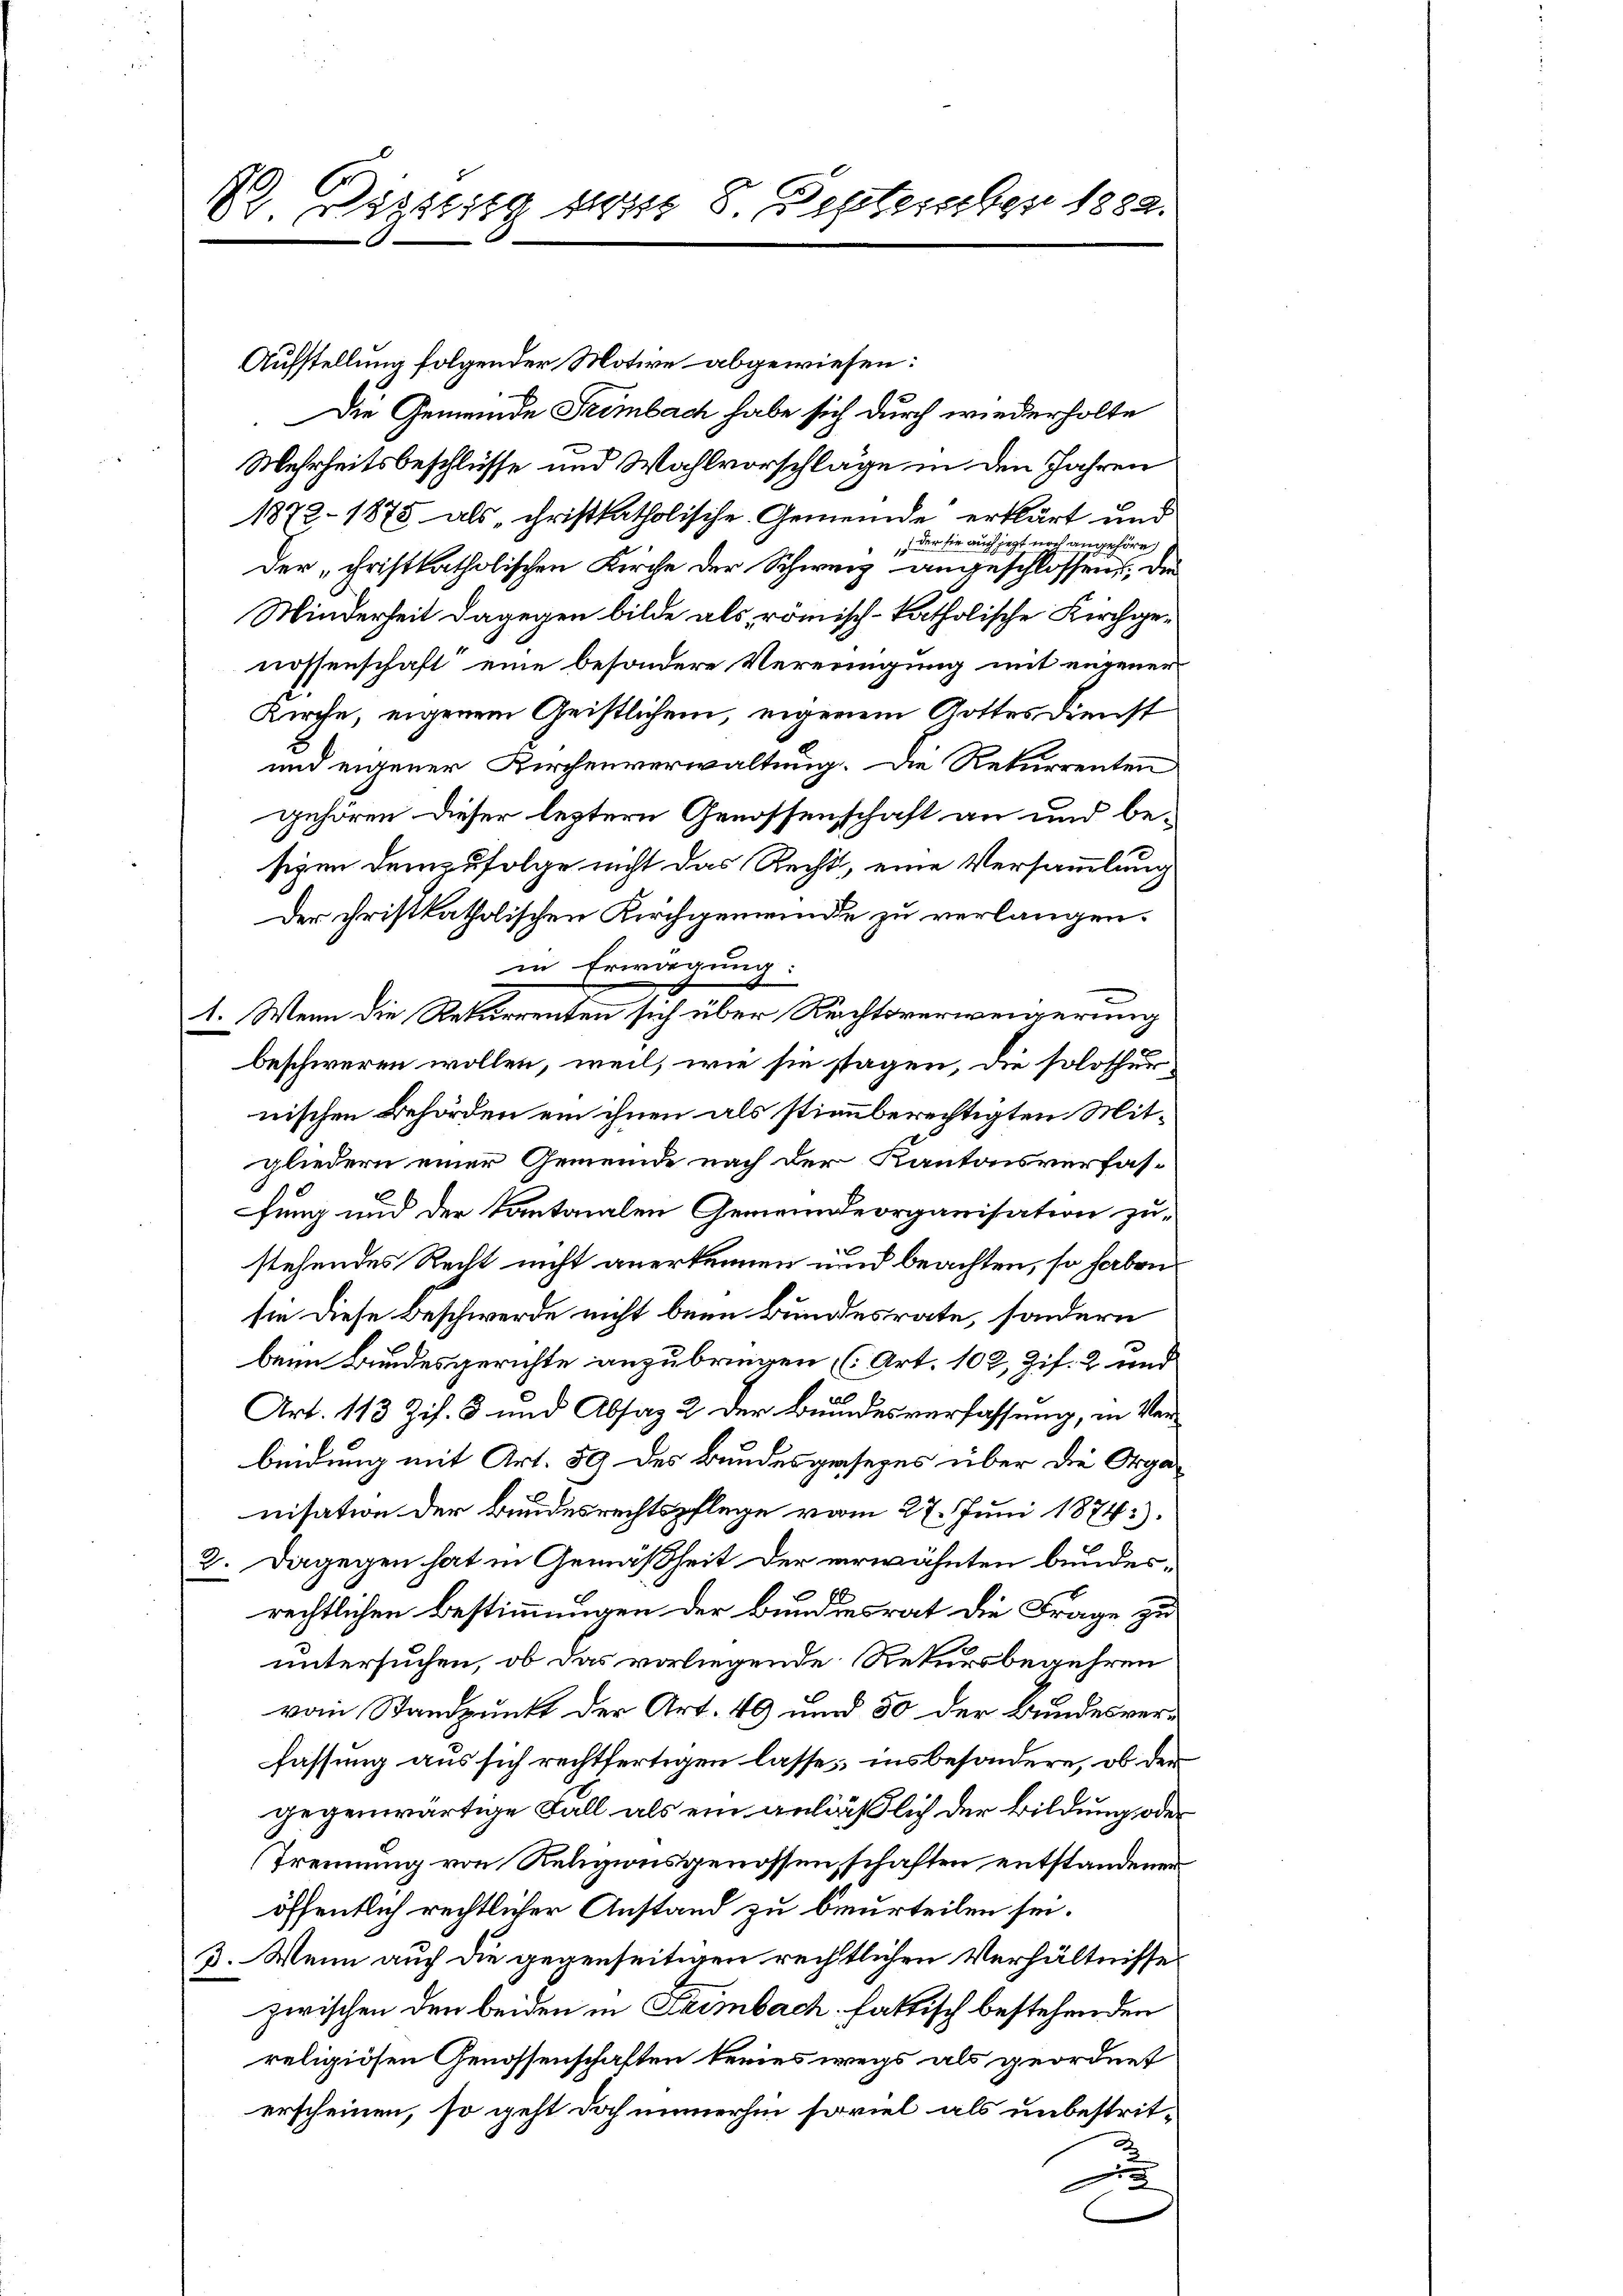
R. Fägscitg sn 8. September 1882.

Aufstellung folgender Motive abgewiesen:
.Die Gemeinde Trimbach habe sich durch wiederholte
Mehrheitsbeschlüsse und Wahlvorschläge in den Jahren
1872 - 1875 als christkatholische Gemeinde erklärt und
, der sie auch jetzt noch angehöre,
der cristkatholischen Kirche der Schweiz angeschlossen, die
Minderheit dagegen bilde als römisch-katholische Kirchgenossenschaft“ eine besondere Vereinigung mit eingener
Kirche, eigenem Geistlichen, eigenem Gottes Dienst
und eigener Kirchenverwaltung. Die Rekurrenten
gehören dieser leztern Genossenschaft an und besigen demzufolge nicht das Recht, eine Versammlung
Der christkatholischen Kirchgemeinde zu verlangen.
in Erwägung:
1. Wenn die Rekurrenten sich über Reichtsverweigerung
beschweren wollen, weil, wie sie stagen, die solothur
nischen Behörden ein ihnen als stimmberechtigten Mitgliedern einer Gemeinde nach der Kantonsverfas-
fung und der Kantonalen Gemeindeorganisation zu-
stehendes Recht nicht anerkennen und beachten, so haben
sie diese Beschwerde nicht beim Bundesrate, sondern
beim Bundesgerichte anzubringen (Art. 102, Zif. 2 und
a
Art. 113 Zif. 3 und Absag 2 der Bundesverfassung, in Verbeidung mit Art. 59 des Bundesgesezes über die Organisation der Bundesrechtspflege vom 27. Juni 1874.
2. Dagegen hat in Gemäßheit der verwähnten bundesrechtlichen Bestimmungen der Bundesrat die Frage zu
untersuchen, ob das vorliegende Rekursbegehren
vom Standpunkt der Art. 49 und 30 der Bundesverfassung aus sich rechtfertigen lasse, insbesondere, ob der
gegenwärtige Fall als ein anläßlich der Bildung, oder
Trennung von Religionsgenossenschaften entstandener
öffentlich rechtlicher Anstand zu beurteilen sei.
3. Wenn auch die gegenseitigen rechtlichen Verhältnisse
zwischen den beiden in Leimbach fattisch bestehenden
religiösen Genossenschaften keines wegs als geordnet
erscheinen, so geht doch immerhin soviel als unbestrit¬
6